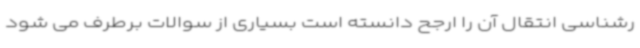
رشناسی انتقال آن را ارجح دانسته است بسیاری از سوالات برطرف می شود